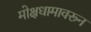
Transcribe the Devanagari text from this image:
मोक्षधामावरून